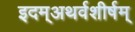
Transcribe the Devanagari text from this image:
इदम्‌अथर्वशीर्षम्‌